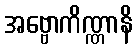
အဗ္ဗောကိဏ္ဏာနိ